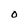
Character: O